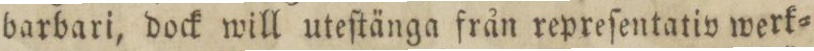
barbari, dock will uteſtänga från repreſentativ werk=